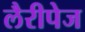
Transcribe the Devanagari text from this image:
लैरीपेज